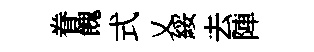
眷餽式乂綏去陣